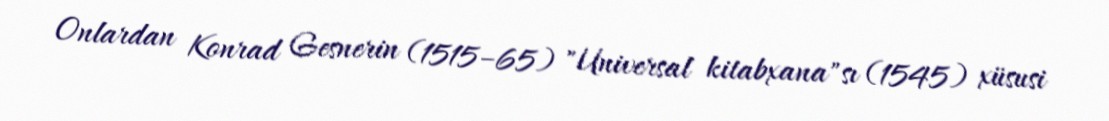
Onlardan Konrad Gesnerin (1515–65) "Universal kitabxana"sı (1545) xüsusi